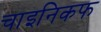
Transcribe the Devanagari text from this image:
चाइनिकफ